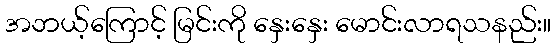
အဘယ့်ကြောင့် မြင်းကို နှေးနှေး မောင်းလာရသနည်း။